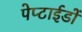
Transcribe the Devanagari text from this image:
पेप्टाईडों